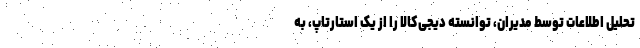
تحلیل اطلاعات توسط مدیران، توانسته دیجی‌کالا را از یک استارتاپ، به